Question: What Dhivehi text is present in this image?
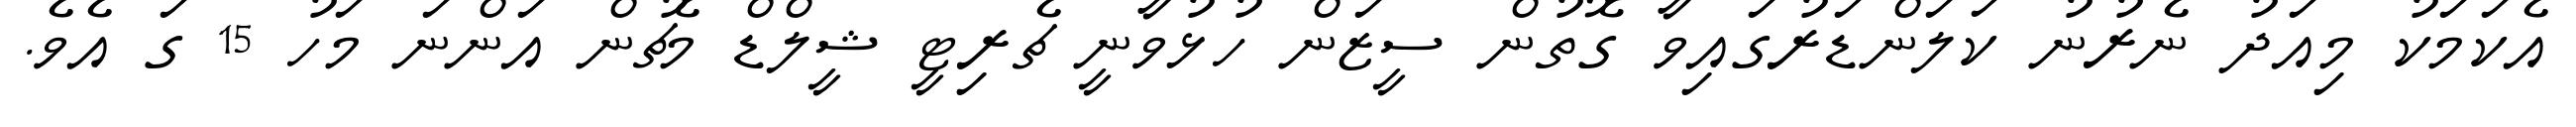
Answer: އެކަމަކު މިއަދު ނެރުނު ކަލަންޑަރުގައިވާ ގޮތުން ސީޒަން ހުޅުވާނީ ޗެރިޓީ ޝީލްޑް މެޗުން އަންނަ މަހު 15 ގަ އެވެ.